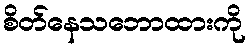
စိတ်နေသဘောထားကို